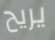
يريح